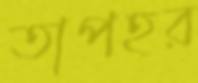
তাপহর